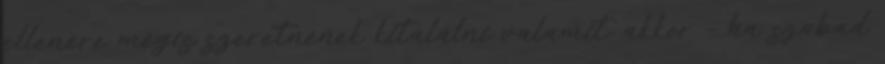
ellenére mégis szeretnének kitalálni valamit, akkor – ha szabad